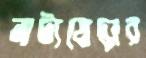
নাট্যযোদ্ধার